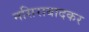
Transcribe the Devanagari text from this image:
नसिराबादकर